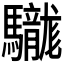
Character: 𩧑